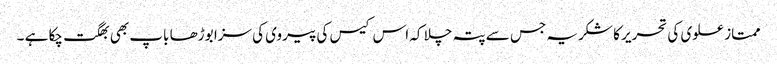
ممتاز علوی کی تحریر کا شکریہ جس سے پتہ چلا کہ اس کیس کی پیروی کی سزا بوڑھا باپ بھی بھگت چکا ہے ۔